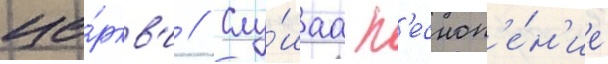
це́ркв'и // Слу́шаа п'есноп'е́н'ие